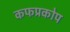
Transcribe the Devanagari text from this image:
कफप्रकोप